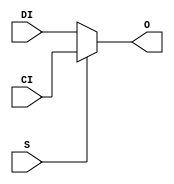
module MUXCY (O, CI, DI, S);

    output O;
    reg    O;

    input  CI, DI, S;

	always @(CI or DI or S) 
	    if (S)
		O = CI;
	    else
		O = DI;

endmodule